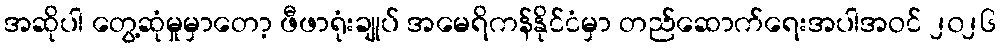
အဆိုပါ တွေ့ဆုံမှုမှာတော့ ဖီဖာရုံးချုပ် အမေရိကန်နိုင်ငံမှာ တည်ဆောက်ရေးအပါအဝင် ၂၀၂၆